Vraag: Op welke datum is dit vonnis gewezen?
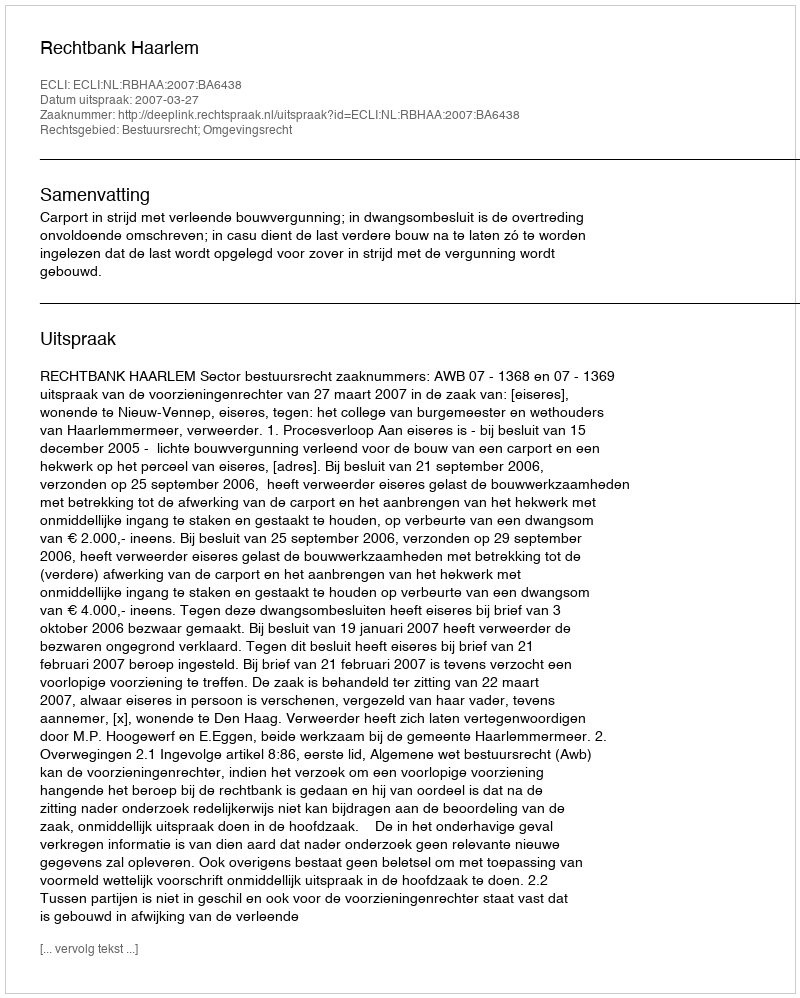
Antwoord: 2007-03-27